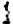
1